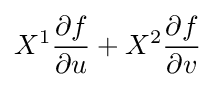
X^{1}{\frac {\partial f}{\partial u}}+X^{2}{\frac {\partial f}{\partial v}}